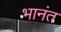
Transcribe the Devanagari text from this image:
भानंत